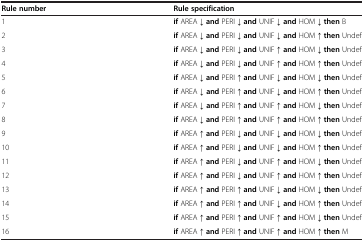
<table><thead><tr><td><b>Rule number</b></td><td><b>Rule specification</b></td></tr></thead><tbody><tr><td>1</td><td><b>if</b> AREA ↓ <b>and</b> PERI ↓ <b>and</b>UNIF ↓ <b>and</b> HOM ↓ <b>then</b> B</td></tr><tr><td>2</td><td><b>if</b> AREA ↓ <b>and</b> PERI ↓ <b>and</b>UNIF ↓ <b>and</b> HOM ↑ <b>then</b> Undef</td></tr><tr><td>3</td><td><b>if</b> AREA ↓ <b>and</b> PERI ↓ <b>and</b>UNIF ↑ <b>and</b> HOM ↓ <b>then</b> Undef</td></tr><tr><td>4</td><td><b>if</b> AREA ↓ <b>and</b> PERI ↓ <b>and</b>UNIF ↑ <b>and</b> HOM ↑ <b>then</b> Undef</td></tr><tr><td>5</td><td><b>if</b> AREA ↓ <b>and</b> PERI ↑ <b>and</b>UNIF ↓ <b>and</b> HOM ↓ <b>then</b> Undef</td></tr><tr><td>6</td><td><b>if</b> AREA ↓ <b>and</b> PERI ↑ <b>and</b>UNIF ↓ <b>and</b> HOM ↑ <b>then</b> Undef</td></tr><tr><td>7</td><td><b>if</b> AREA ↓ <b>and</b> PERI ↑ <b>and</b>UNIF ↑ <b>and</b> HOM ↓ <b>then</b> Undef</td></tr><tr><td>8</td><td><b>if</b> AREA ↓ <b>and</b> PERI ↑ <b>and</b>UNIF ↑ <b>and</b> HOM ↑ <b>then</b> Undef</td></tr><tr><td>9</td><td><b>if</b> AREA ↑ <b>and</b> PERI ↓ <b>and</b>UNIF ↓ <b>and</b> HOM ↓ <b>then</b> Undef</td></tr><tr><td>10</td><td><b>if</b> AREA ↑ <b>and</b> PERI ↓ <b>and</b>UNIF ↓ <b>and</b> HOM ↑ <b>then</b> Undef</td></tr><tr><td>11</td><td><b>if</b> AREA ↑ <b>and</b> PERI ↓ <b>and</b>UNIF ↑ <b>and</b> HOM ↓ <b>then</b> Undef</td></tr><tr><td>12</td><td><b>if</b> AREA ↑ <b>and</b> PERI ↓ <b>and</b>UNIF ↑ <b>and</b> HOM ↑ <b>then</b> Undef</td></tr><tr><td>13</td><td><b>if</b> AREA ↑ <b>and</b> PERI ↑ <b>and</b>UNIF ↓ <b>and</b> HOM ↓ <b>then</b> Undef</td></tr><tr><td>14</td><td><b>if</b> AREA ↑ <b>and</b> PERI ↑ <b>and</b>UNIF ↓ <b>and</b> HOM ↑ <b>then</b> Undef</td></tr><tr><td>15</td><td><b>if</b> AREA ↑ <b>and</b> PERI ↑ <b>and</b>UNIF ↑ <b>and</b> HOM ↓ <b>then</b> Undef</td></tr><tr><td>16</td><td><b>if</b> AREA ↑ <b>and</b> PERI ↑ <b>and</b>UNIF ↑ <b>and</b> HOM ↑ <b>then</b> M</td></tr></tbody></table>